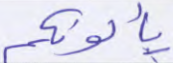
يألونكم